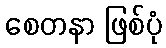
စေတနာ ဖြစ်ပုံ